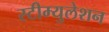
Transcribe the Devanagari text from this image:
स्टीम्युलेशन